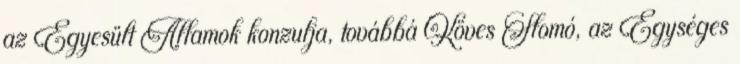
az Egyesült Államok konzulja, továbbá Köves Slomó, az Egységes